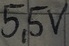
Text: 5,5V